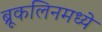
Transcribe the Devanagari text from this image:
ब्रूकलिनमध्ये